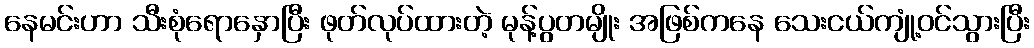
နေမင်းဟာ သီးစုံရောနှောပြီး ဖုတ်လုပ်ထားတဲ့ မုန့်ပွတမျိုး အဖြစ်ကနေ သေးငယ်ကျုံ့ဝင်သွားပြီး